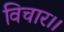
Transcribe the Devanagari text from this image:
विचार।।